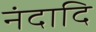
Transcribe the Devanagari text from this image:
नंदादि